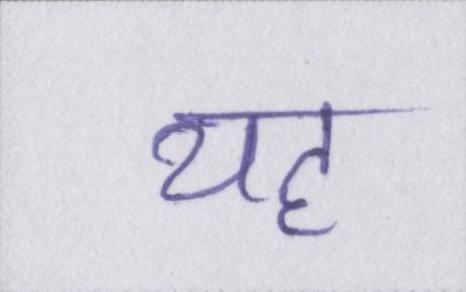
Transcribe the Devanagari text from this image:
यह